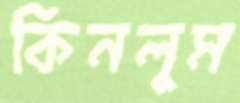
কিনলুম